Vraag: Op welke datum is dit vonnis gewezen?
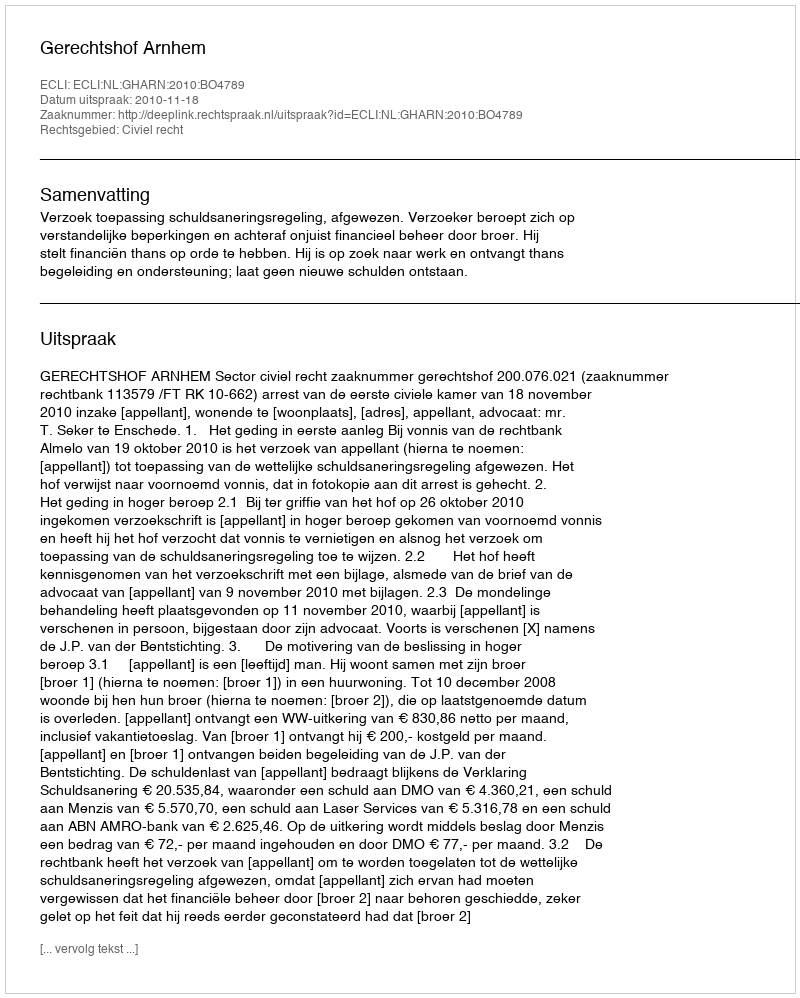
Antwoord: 2010-11-18